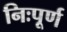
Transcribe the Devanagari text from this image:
निःपूर्ण